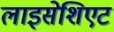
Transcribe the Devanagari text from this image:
लाइसेशिएट